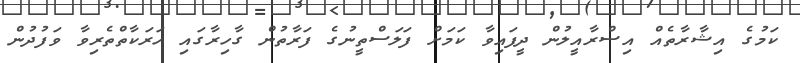
ކަމުގެ އިޝާރާތެއް އިސްރާއީލުން ދީފައިވާ ކަމަށް ފަލަސްތީނުގެ ފަރާތުން ގާހިރާގައި ހަރަކާތްތެރިވާ ވަފުދުން